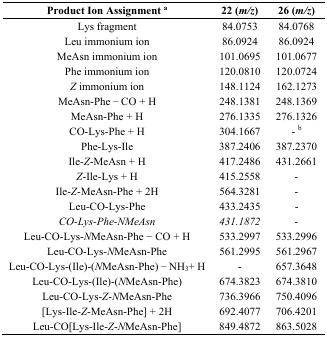
| Product Ion Assignment a | 22 (m/z) | 26 (m/z) |
 | --- | --- | --- |
 | Lys fragment | 84.0753 | 84.0768 |
 | Leu immonium ion | 86.0924 | 86.0924 |
 | MeAsn immonium ion | 101.0695 | 101.0677 |
 | Phe immonium ion | 120.0810 | 120.0724 |
 | Z immonium ion | 148.1124 | 162.1273 |
 | MeAsn-Phe − CO + H | 248.1381 | 248.1369 |
 | MeAsn-Phe + H | 276.1335 | 276.1326 |
 | CO-Lys-Phe + H | 304.1667 | - b |
 | Phe-Lys-Ile | 387.2406 | 387.2370 |
 | Ile-Z-MeAsn + H | 417.2486 | 431.2661 |
 | Z-Ile-Lys + H | 415.2558 | - |
 | Ile-Z-MeAsn-Phe + 2H | 564.3281 | - |
 | Leu-CO-Lys-Phe | 433.2435 | - |
 | CO-Lys-Phe-NMeAsn | 431.1872 | - |
 | Leu-CO-Lys-NMeAsn-Phe − CO + H | 533.2997 | 533.2996 |
 | Leu-CO-Lys-NMeAsn-Phe | 561.2995 | 561.2967 |
 | Leu-CO-Lys-(Ile)-(NMeAsn-Phe) − NH3+ H | - | 657.3648 |
 | Leu-CO-Lys-(Ile)-(NMeAsn-Phe) | 674.3823 | 674.3810 |
 | Leu-CO-Lys-Z-NMeAsn-Phe | 736.3966 | 750.4096 |
 | [Lys-Ile-Z-MeAsn-Phe] + 2H | 692.4077 | 706.4201 |
 | Leu-CO[Lys-Ile-Z-NMeAsn-Phe] | 849.4872 | 863.5028 |